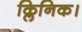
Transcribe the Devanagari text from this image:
क्लिनिक।